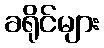
ခရိုင်များ